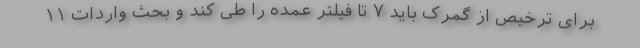
برای ترخیص از گمرک باید ۷ تا فیلتر عمده را طی کند و بحث واردات ۱۱